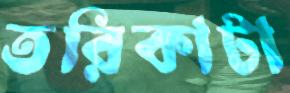
তরিকাটা